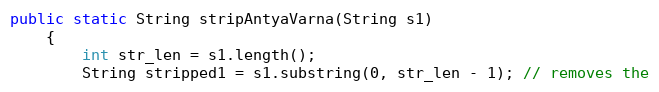
Language: Java
public static String stripAntyaVarna(String s1)
    {
        int str_len = s1.length();
        String stripped1 = s1.substring(0, str_len - 1); // removes the